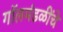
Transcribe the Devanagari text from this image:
गॉलमंडळींचे